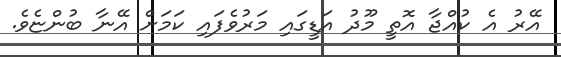
އޭރު އެ ކުއްޖާ އޮތީ މޫދު އަޑީގައި މަރުވެފައި ކަމަށް އޭނާ ބުންޏެވެ.